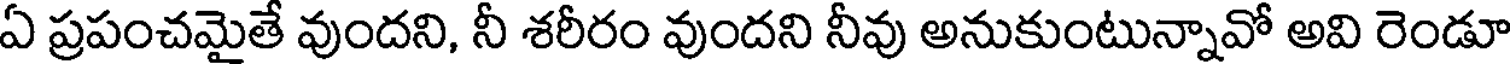
ఏ ప్రపంచమైతే వుందని, నీ శరీరం వుందని నీవు అనుకుంటున్నావో అవి రెండూ